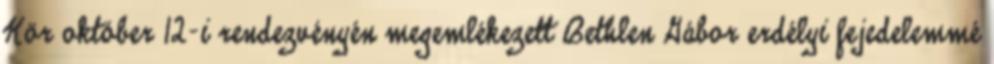
Kör október 12-i rendezvényén megemlékezett Bethlen Gábor erdélyi fejedelemmé